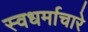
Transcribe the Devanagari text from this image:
स्वधर्माचारे